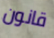
قانون